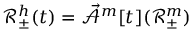
\mathscr { R } _ { \pm } ^ { h } ( t ) = \mathcal { \vec { A } } ^ { m } [ t ] ( \mathscr { R } _ { \pm } ^ { m } )